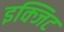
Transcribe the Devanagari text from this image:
इक्जिट